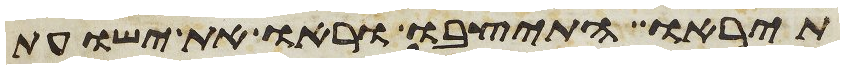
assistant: תיראו התיצבו וראו את ישועת